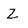
Character: Z